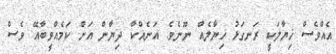
އެއްވެސް ޚިޔާލަކީ ރަނގަޅު ޚިޔާލެއް ނޫނެވެ. އަނެއްކާ ދިޔާން އަށް ކަމެއްވީބާއޭ ވެސް